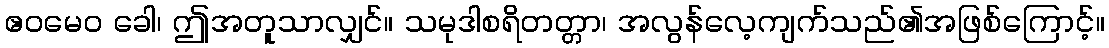
ဧဝမေဝ ခေါ၊ ဤအတူသာလျှင်။ သမုဒါစရိတတ္တာ၊ အလွန်လေ့ကျက်သည်၏အဖြစ်ကြောင့်။